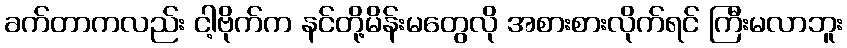
ခက်တာကလည်း ငါ့ဗိုက်က နင်တို့မိန်းမတွေလို အစားစားလိုက်ရင် ကြီးမလာဘူး